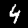
Digit: 4